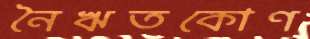
নৈঋতকোণ